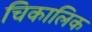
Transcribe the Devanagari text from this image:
चिकालिक